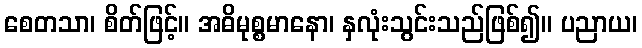
စေတသာ၊ စိတ်ဖြင့်။ အဓိမုစ္စမာနော၊ နှလုံးသွင်းသည်ဖြစ်၍။ ပညာယ၊